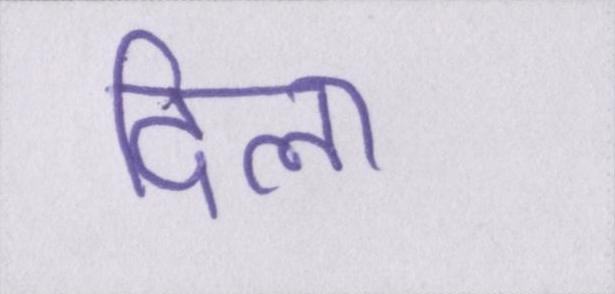
दिला